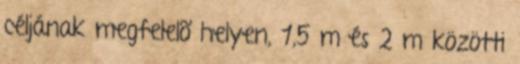
céljának megfelelõ helyen, 1,5 m és 2 m közötti